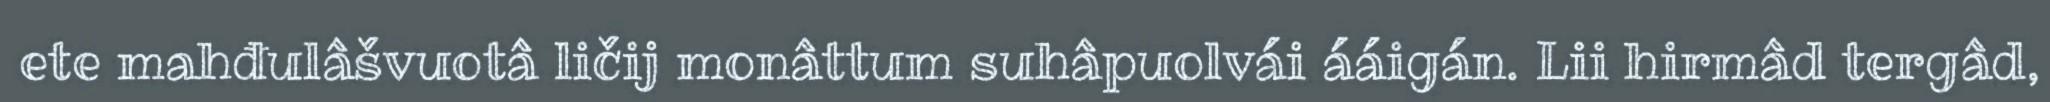
ete mahđulâšvuotâ ličij monâttum suhâpuolvái ááigán. Lii hirmâd tergâd,